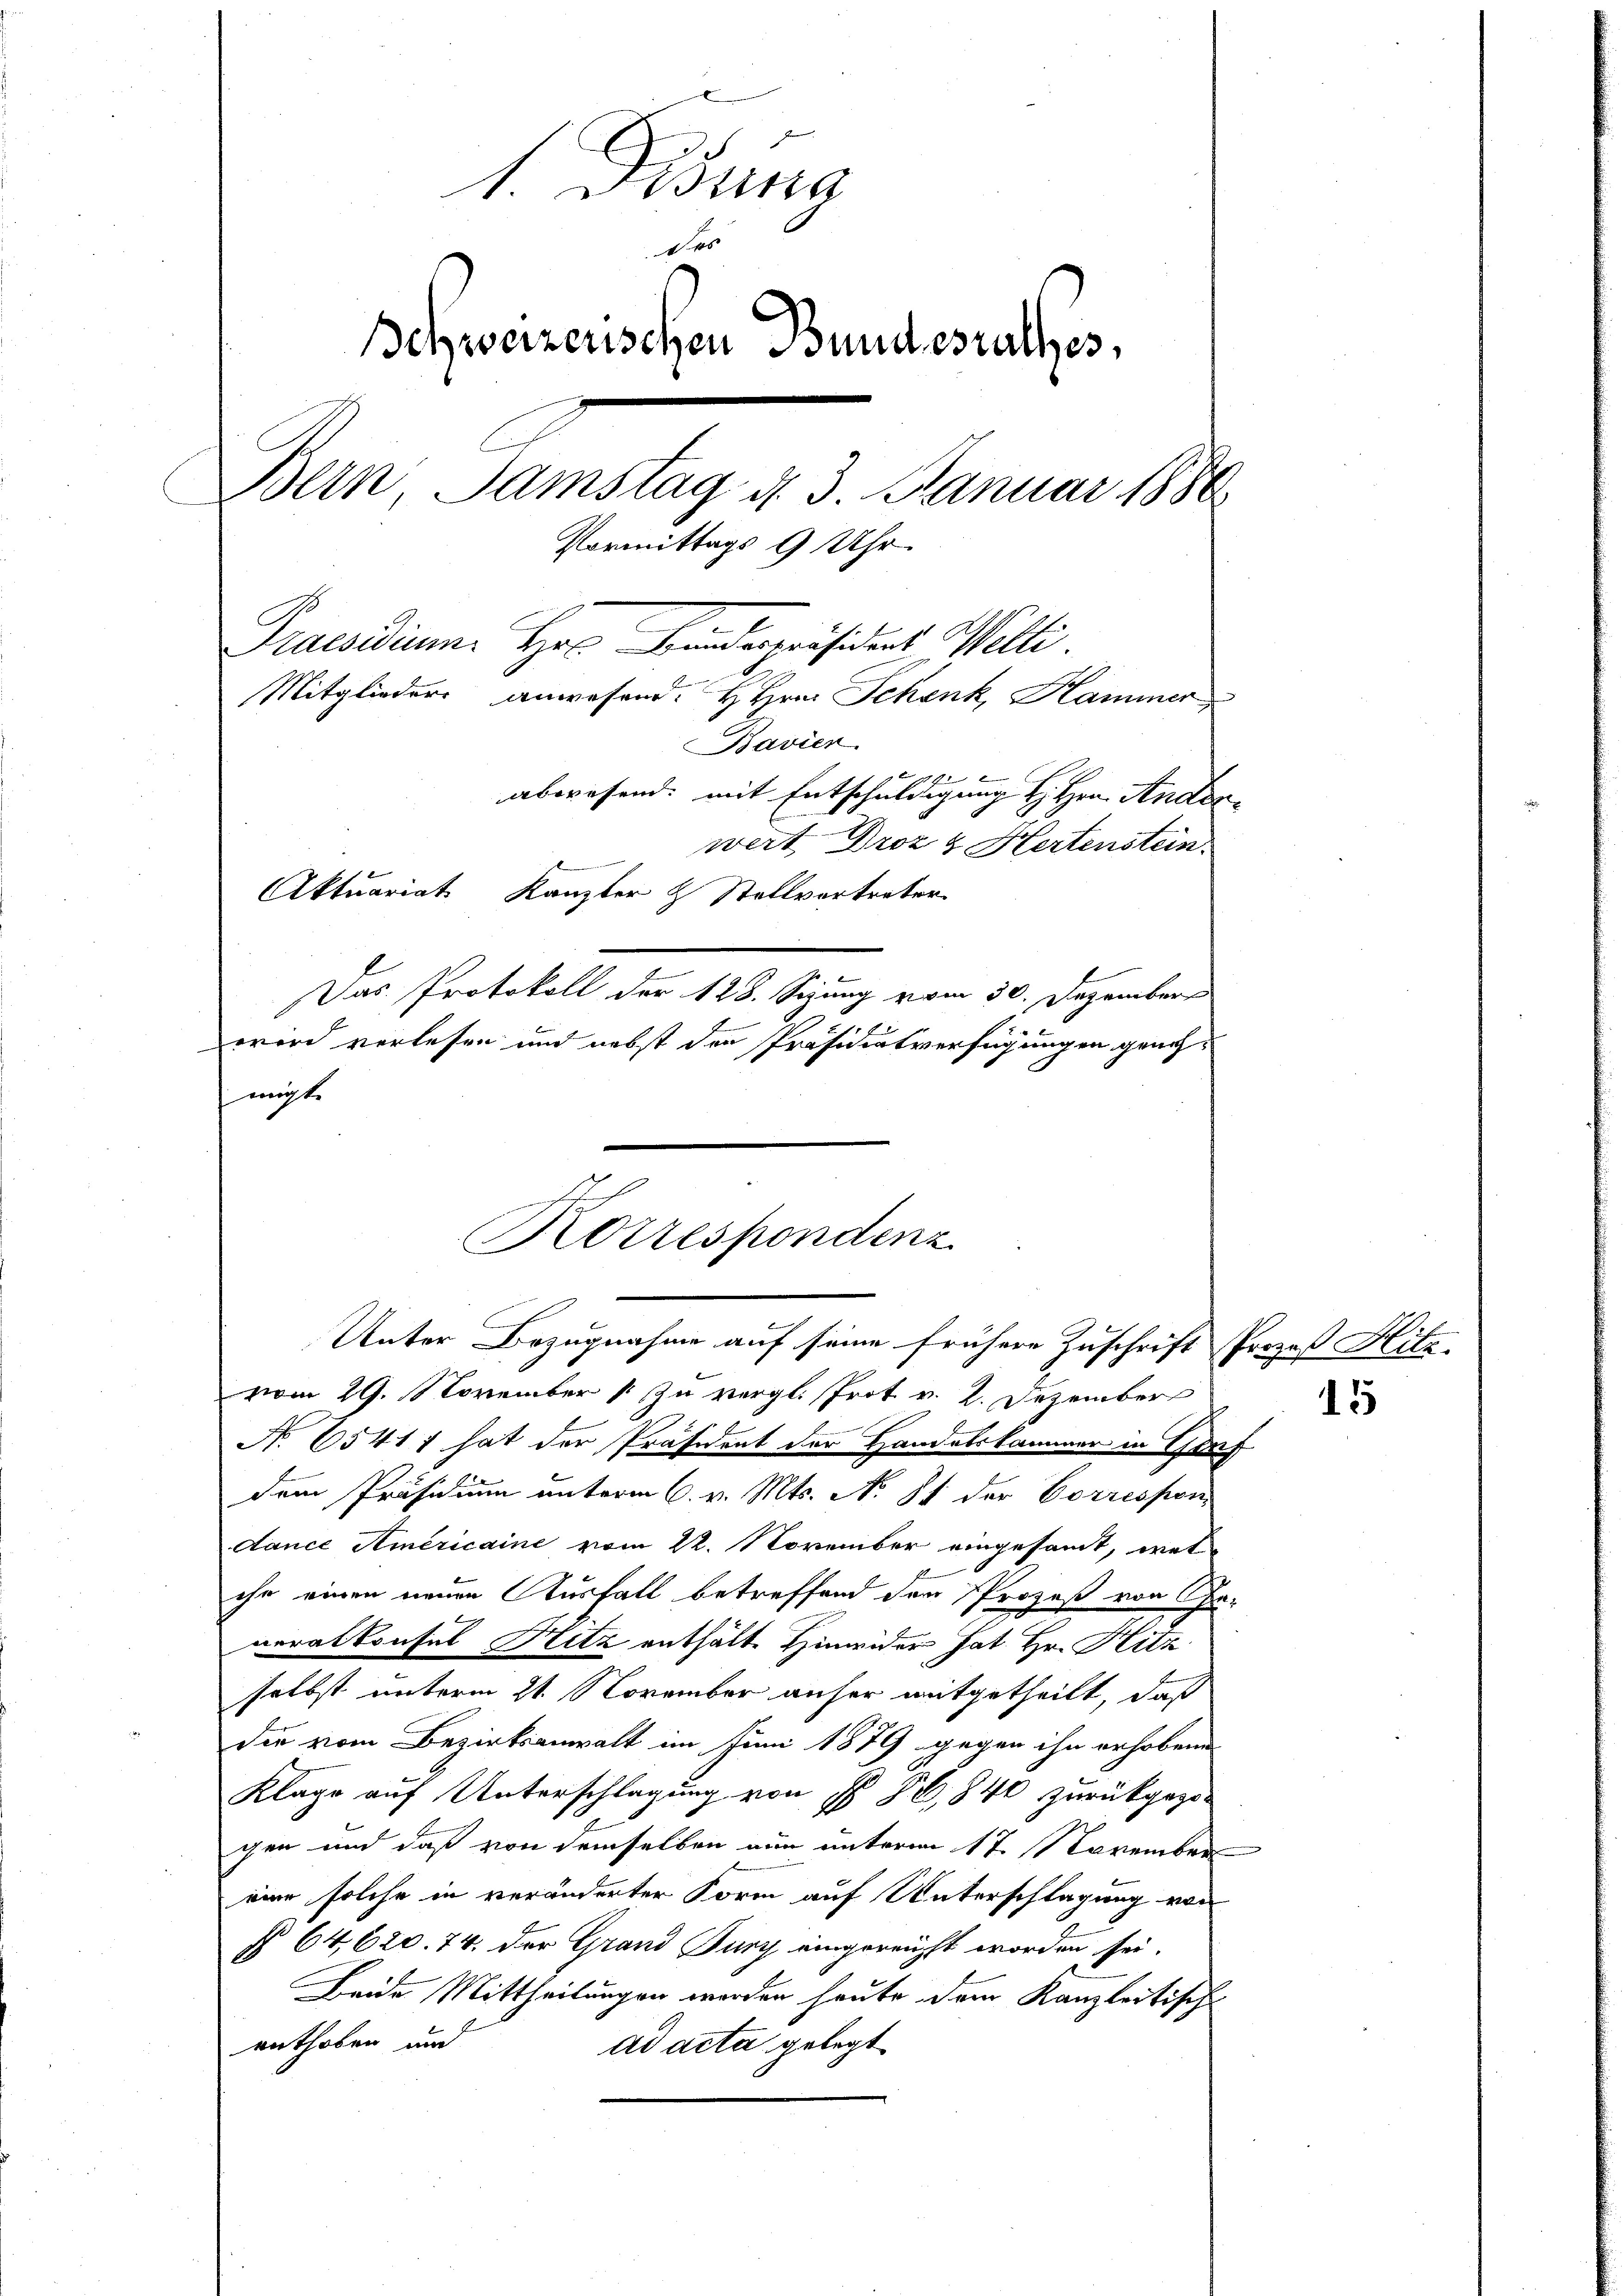
1. Disung
Des
Ichweizerischen Bundesrathes,
Bein Samstag d. 3 Januar 1886
Vormittags 9 Uhr.
Praesidium. Hr. Bunderpräsidens Welti.
Mitglieder anwesend: HHrn. Schenk, Hammer
Bavier
abwesend: mit Entschuldigung H. Hrn. Anderwert Droz & Hertenstein.
Aktuariat Kanzler & Stellvortreter
Das Protokoll der 128. Sizung vom 30. Dezember
wird verlesen und nebst den Präsidialverfügungen geneh¬
 mögte

vom 29. November [zu vergl. Prot v. 2. Dezember
No. 65411 hat der Präsident der Handelskammer in Genf
dem Präsidium unterm 6. v. Mts. No. 81 der Correspon
dance Americaine vom 22. November eingesamt, wes
che einen neuen Ausfall betreffend den Prozeß von Paneralkonsul Hitz enthälte Hinwider hat Hr. Hitz
selbst unterm 21. November anher mitgetheilt, daß
die vom Bezirksanwalt im Juni 1879 gegen ihn erhobene
Klage auf Unterschlagung von § 8, 840 zurückgege-
chen und daß von demselben nun unterm 17. November
eine solche in veränderter Form auf Unterschlagung von
§ 64,620. 74. der Grand Jury eingereicht worden sei.
Beide Mittheilungen werden heute dem Kanzleitische
enthoben und
ad acta gelegt

Korrespondenz
Unter Bezugnahme auf seine frühere Zuschrift Prozeß Hitz-

15